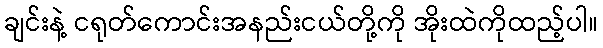
ချင်းနဲ့ ငရုတ်ကောင်းအနည်းငယ်တို့ကို အိုးထဲကိုထည့်ပါ။